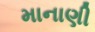
માનાણી